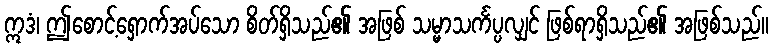
ဣဒံ၊ ဤစောင့်ရှောက်အပ်သော စိတ်ရှိသည်၏ အဖြစ် သမ္မာသင်္ကပ္ပလျှင် ဖြစ်ရာရှိသည်၏ အဖြစ်သည်။